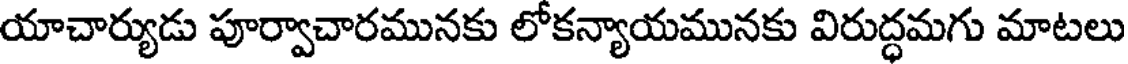
యాచార్యుడు పూర్వాచారమునకు లోకన్యాయమునకు విరుద్ధమగు మాటలు